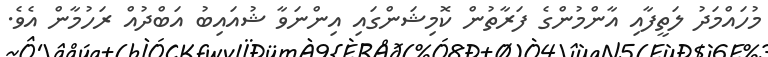
މުހައްމަދު ލަތީފާއި އާންމުންގެ ފަރާތުން ކޮމިޝަންގައި އިންނަވާ ޝުއައިބު އަބްދުއް ރަހުމާން އެވެ.